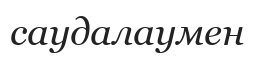
саудалаумен